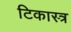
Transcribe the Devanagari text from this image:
टिकास्त्र